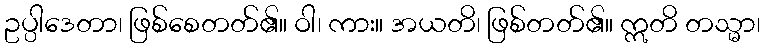
ဥပ္ပါဒေတာ၊ ဖြစ်စေတတ်၏။ ဝါ၊ ကား။ အယတိ၊ ဖြစ်တတ်၏။ ဣတိ တသ္မာ၊